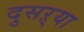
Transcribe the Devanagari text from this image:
दुसऱ्या